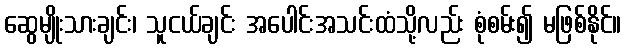
ဆွေမျိုးသားချင်း၊ သူငယ်ချင်း အပေါင်းအသင်းထံသို့လည်း စုံစမ်း၍ မဖြစ်နိုင်။